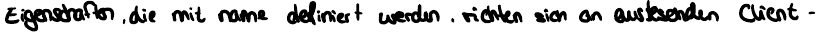
Eigenschaften, die mit name definiert werden, richten sich an auslesenden Client -